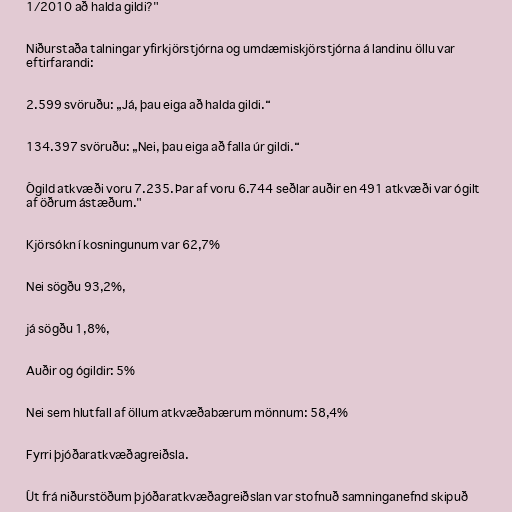
1/2010 að halda gildi?"

Niðurstaða talningar yfirkjörstjórna og umdæmiskjörstjórna á landinu öllu var
eftirfarandi:

2.599 svöruðu: „Já, þau eiga að halda gildi.“

134.397 svöruðu: „Nei, þau eiga að falla úr gildi.“

Ógild atkvæði voru 7.235. Þar af voru 6.744 seðlar auðir en 491 atkvæði var ógilt
af öðrum ástæðum."

Kjörsókn í kosningunum var 62,7%

Nei sögðu 93,2%,

já sögðu 1,8%,

Auðir og ógildir: 5%

Nei sem hlutfall af öllum atkvæðabærum mönnum: 58,4%

Fyrri þjóðaratkvæðagreiðsla.

Út frá niðurstöðum þjóðaratkvæðagreiðslan var stofnuð samninganefnd skipuð